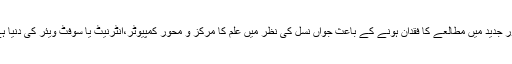
دورِ جدید میں مطالعے کا فقدان ہونے کے باعث جواں نسل کی نظر میں علم کا مرکز و محور کمپیوٹر،انٹرنیٹ یا سوفٹ ویئر کی دنیا ہے۔